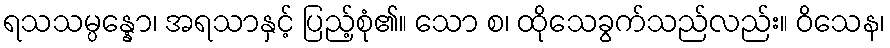
ရသသမ္ပန္နော၊ အရသာနှင့် ပြည့်စုံ၏။ သော စ၊ ထိုသေခွက်သည်လည်း။ ဝိသေန၊